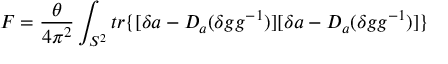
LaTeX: { \cal F } = \frac { \theta } { 4 \pi ^ { 2 } } \int _ { S ^ { 2 } } t r \{ [ \delta a - D _ { a } ( \delta g g ^ { - 1 } ) ] [ \delta a - D _ { a } ( \delta g g ^ { - 1 } ) ] \}